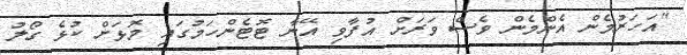
"އަހަރުމެން އެންމެން ވެސް ވަރަށް އުފާވި އޭނާ ޓޮޓެންހަމުގައި މޮޅަށް ކުޅެ ގޯލު